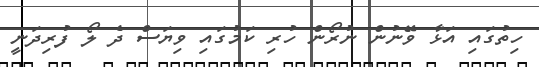
ހިތުގައި އަޅާ ވޭނުން ނުރޯން ހުރި ކަމުގައި ވިޔަސް ދެ ލޯ ފުރިދަނީ